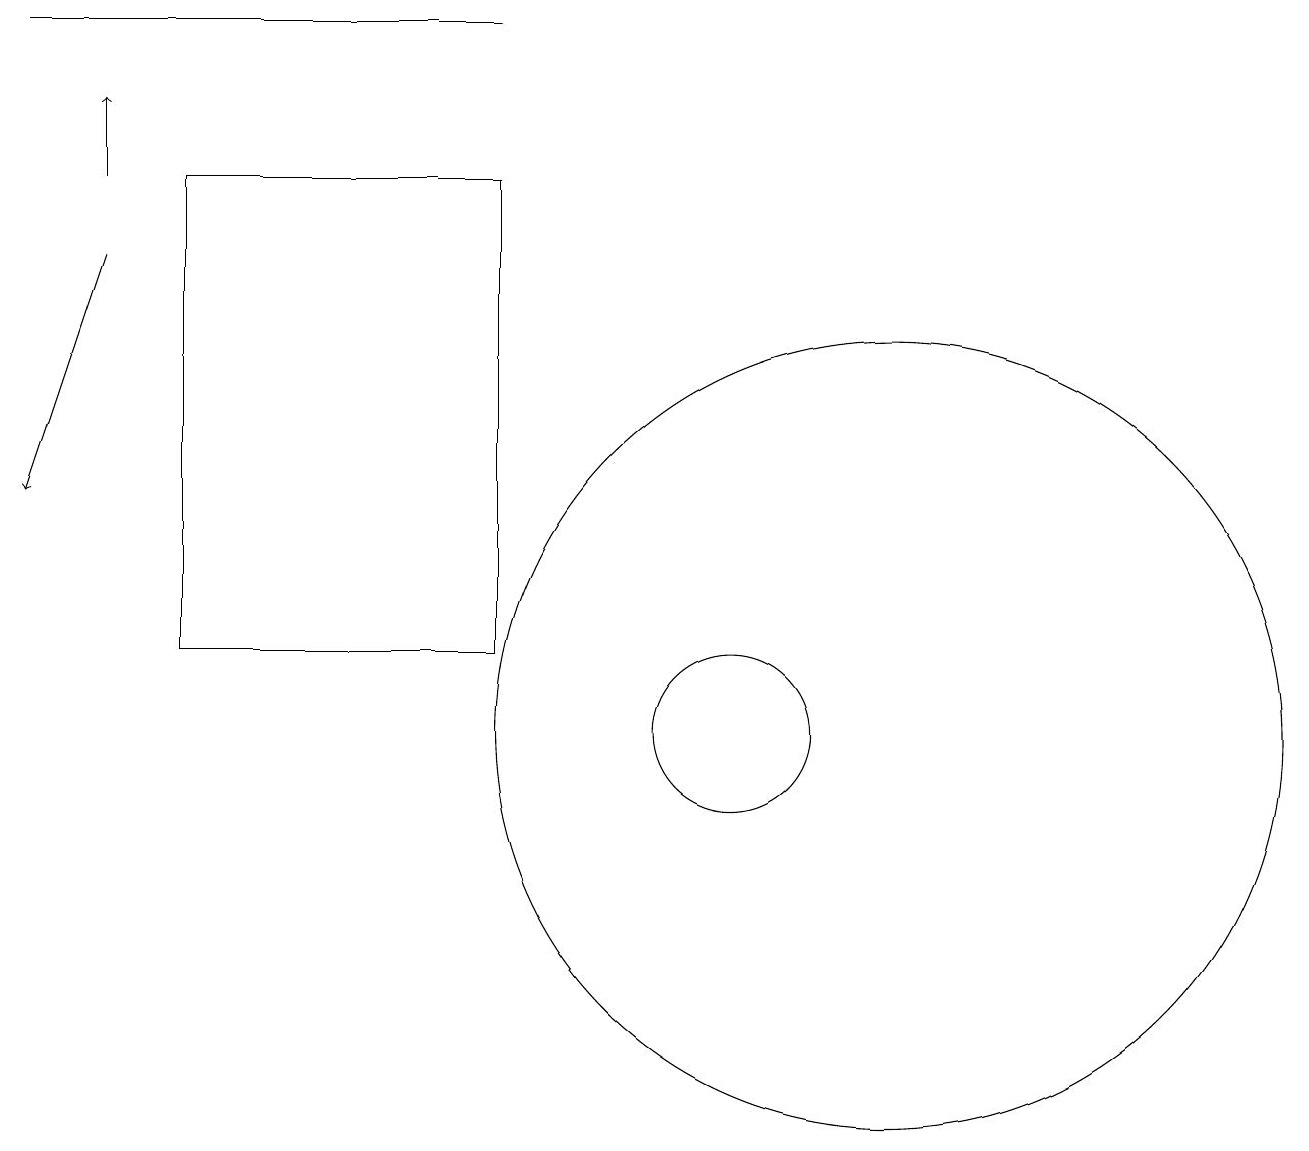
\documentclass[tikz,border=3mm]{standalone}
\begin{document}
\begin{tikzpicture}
\draw[->] (2,16) -- (1,13);
\draw (12,10) circle (5);
\draw (7,19) rectangle (1,19);
\draw (10,10) circle (1);
\draw (7,17) rectangle (3,11);
\draw[->] (2,17) -- (2,18);
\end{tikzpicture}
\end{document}